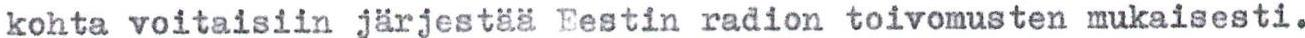
kohta voitaisiin järjestää Eestin radion toivomusten mukaisesti.